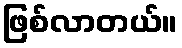
ဖြစ်လာတယ်။